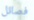
فصائل